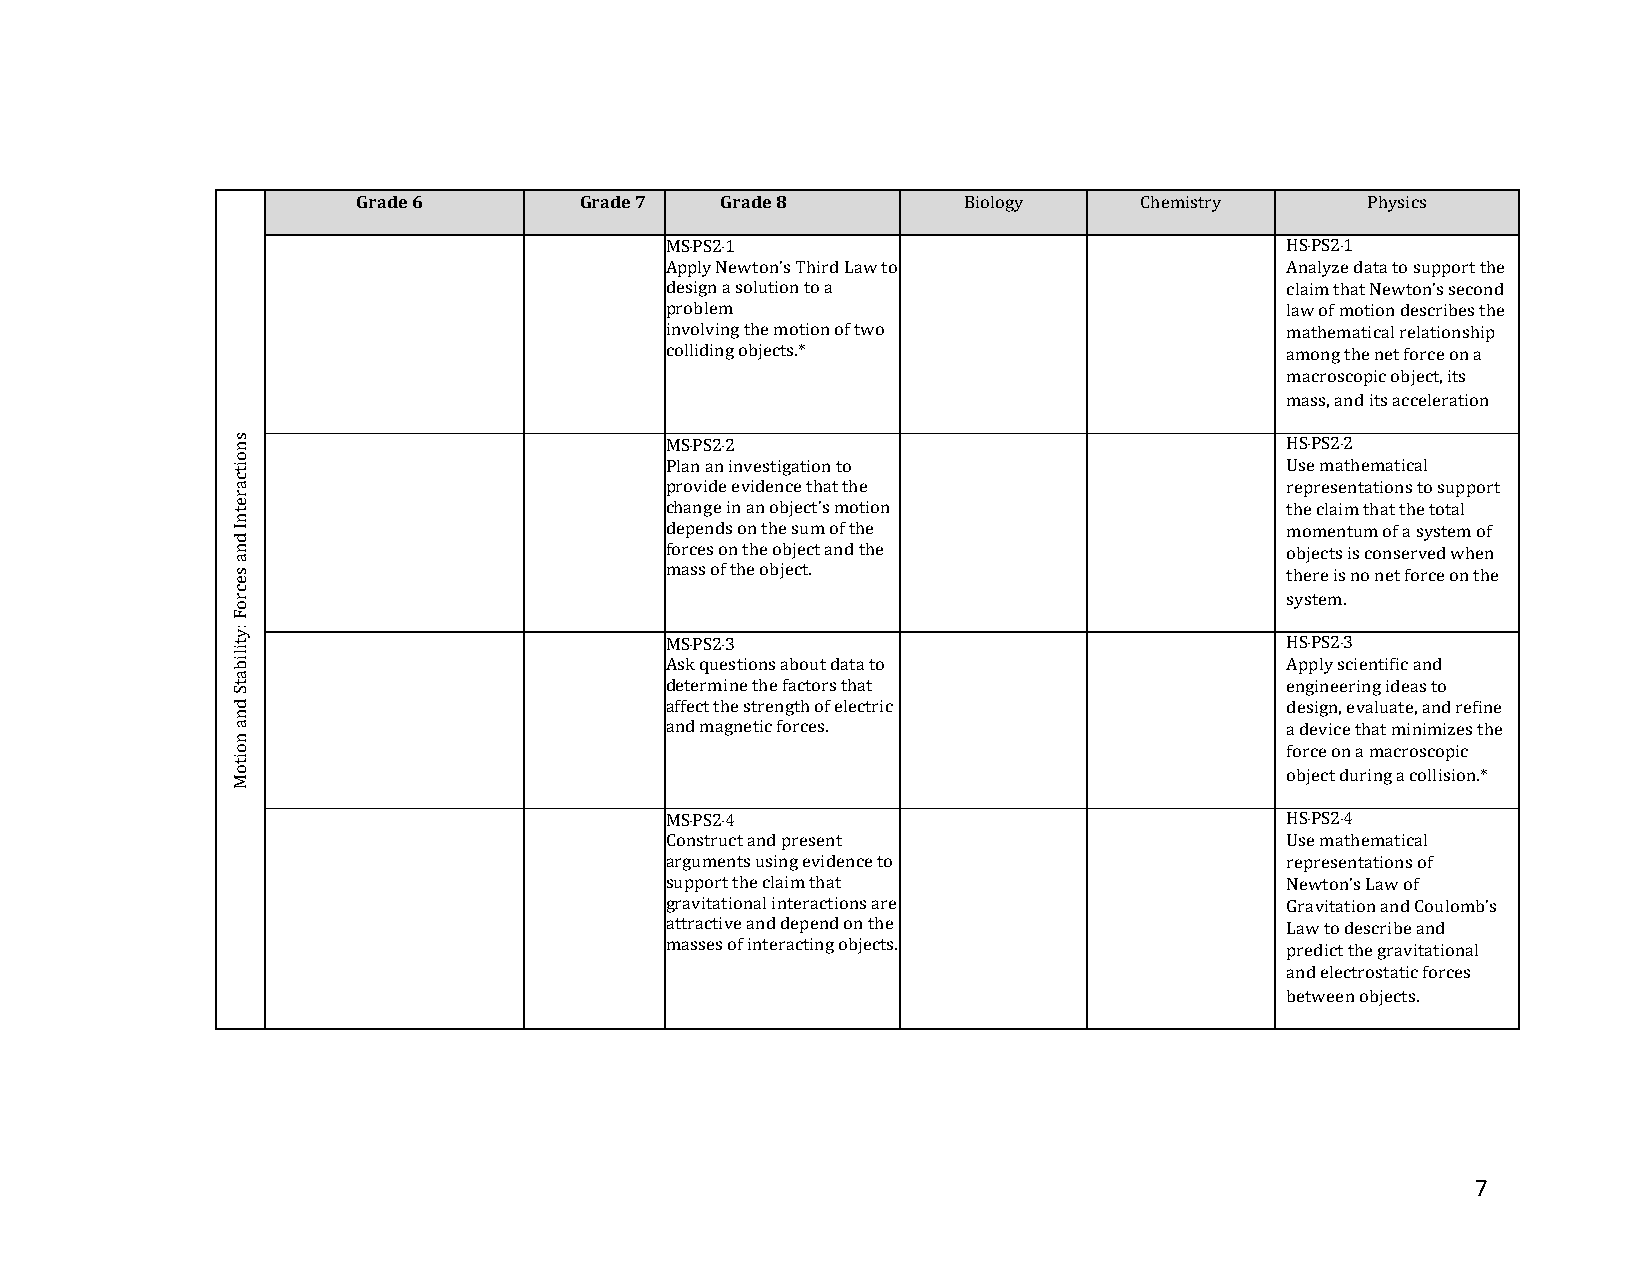
Grade 6       Grade 7   Grade 8         Biology    Chemistry      Physics
 MS‐PS2‐1                                 HS‐PS2‐1
 Apply Newton’s Third Law to              Analyze data to support the
 design a solution to a                   claim that Newton’s second
 problem                                  law of motion describes the
 involving the motion of two              mathematical relationship
 colliding objects.*                      among the net force on a
 macroscopicobject, its
 mass, and its acceleration
 MS‐PS2‐2                                 HS‐PS2‐2
 Plan an investigation to                 Use mathematical
 provide evidence that the                representations to support
 change in an object’s motion             the claim that the total
 depends on the sum of the                momentum of a system of
 forces on the object and the             objects is conserved when
 mass of the object.                      there is no net force on the
 system.
 MS‐PS2‐3                                 HS‐PS2‐3
 Ask questions about data to              Apply scientific and
 determine the factors that               engineering ideas to
 affect the strength of electric          design, evaluate, and refine
 and magnetic forces.                     a device that minimizes the
 force on a macroscopic
 object during a collision.*
 MS‐PS2‐4                                 HS‐PS2‐4
 Construct and present                    Use mathematical
 arguments using evidence to              representations of
 support the claim that                   Newton’s Law of
 gravitational interactions are           Gravitation and Coulomb’s
 attractive and depend on the             Law to describe and
 masses of interacting objects.           predict the gravitational
 and electrostatic forces
 between objects.
 7
 snoitcaretnI
 dna
 secroF
 :ytilibatS
 dna
 noitoM